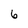
Character: 6